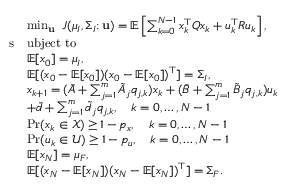
\begin{array} { r l } & { \operatorname* { m i n } _ { \mathbf { u } } ~ J ( \mu _ { I } , \Sigma _ { I } ; \mathbf { u } ) = \mathbb { E } \left[ \sum _ { k = 0 } ^ { N - 1 } x _ { k } ^ { \top } Q x _ { k } + u _ { k } ^ { \top } R u _ { k } \right] , } \\ { \mathrm { s } } & { \mathrm { u b j e c t ~ t o ~ } } \\ & { \mathbb { E } [ x _ { 0 } ] = \mu _ { I } , } \\ & { \mathbb { E } [ ( x _ { 0 } - \mathbb { E } [ x _ { 0 } ] ) ( x _ { 0 } - \mathbb { E } [ x _ { 0 } ] ) ^ { \top } ] = \Sigma _ { I } , } \\ & { x _ { k + 1 } = ( \bar { A } + \sum _ { j = 1 } ^ { m } \tilde { A } _ { j } q _ { j , k } ) x _ { k } + ( \bar { B } + \sum _ { j = 1 } ^ { m } \tilde { B } _ { j } q _ { j , k } ) u _ { k } } \\ & { + \bar { d } + \sum _ { j = 1 } ^ { m } \tilde { d } _ { j } q _ { j , k } , \quad k = 0 , \dots , N - 1 } \\ & { \operatorname* { P r } ( x _ { k } \in \mathcal { X } ) \geq 1 - p _ { x } , \quad k = 0 , \dots , N - 1 } \\ & { \operatorname* { P r } ( u _ { k } \in \mathcal { U } ) \geq 1 - p _ { u } , \quad k = 0 , \dots , N - 1 } \\ & { \mathbb { E } [ x _ { N } ] = \mu _ { F } , } \\ & { \mathbb { E } [ ( x _ { N } - \mathbb { E } [ x _ { N } ] ) ( x _ { N } - \mathbb { E } [ x _ { N } ] ) ^ { \top } ] = \Sigma _ { F } . } \end{array}